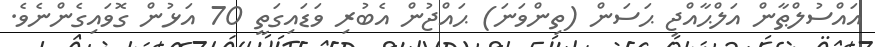
އައްސުލްޠާން އަލްޙާއްޖި ޙަސަން (ތިންވަނަ) ޙައްޖުން އެބުރި ވަޑައިގަތީ 70 އަޅުން ގޮވައިގެންނެވެ.